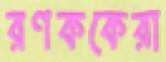
রণককেরা